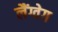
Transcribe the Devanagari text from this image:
लैंग्वेग